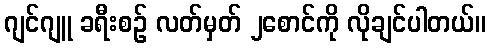
ဂျင်ဂျူ ခရီးစဉ် လတ်မှတ် ၂စောင်ကို လိုချင်ပါတယ်။